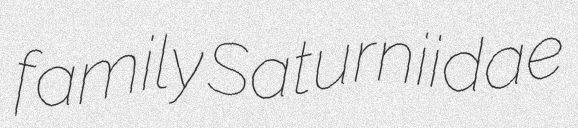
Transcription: family Saturniidae